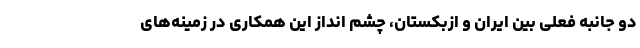
دو جانبه فعلی بین ایران و ازبکستان، چشم انداز این همکاری در زمینه‌های